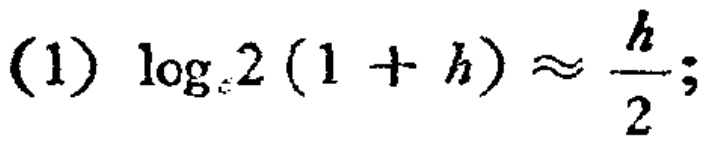
(1) \(\log_{2}(1 + h)\approx\frac{h}{2}\);